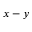
x - y